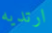
ارتديه